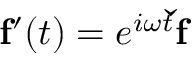
\mathbf { f } ^ { \prime } ( t ) = e ^ { i \omega t } \mathbf { \check { f } }